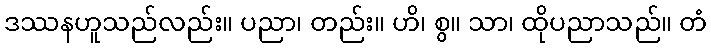
ဒဿနဟူသည်လည်း။ ပညာ၊ တည်း။ ဟိ၊ စွ။ သာ၊ ထိုပညာသည်။ တံ